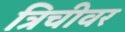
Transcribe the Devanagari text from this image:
त्रिचीवर